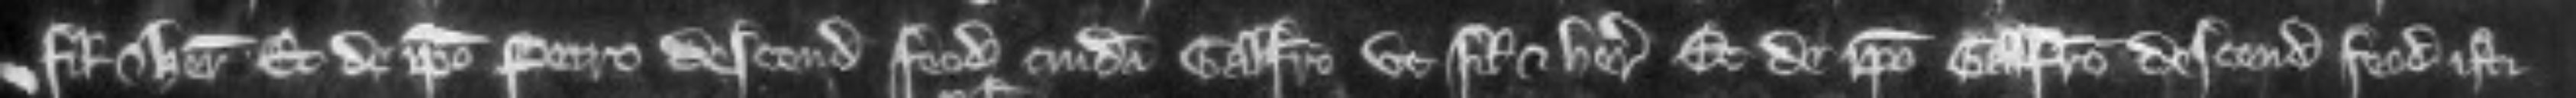
filio et heredi et de ipso Petro descendit feodum cuidam Galfrido ut filio et heredi et de ipso Galfrido descendit feodum isti